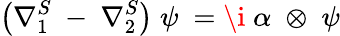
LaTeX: \left(\nabla_{1}^{S}\ -\ \nabla_{2}^{S}\right)\; \psi\ =\i\; \alpha\; \otimes\; \psi